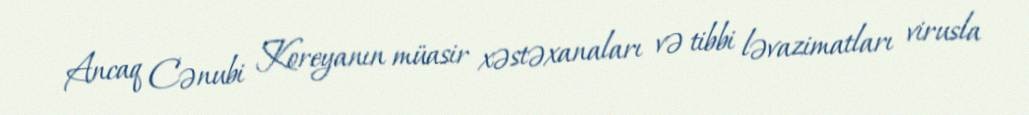
Ancaq Cənubi Koreyanın müasir xəstəxanaları və tibbi ləvazimatları virusla